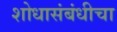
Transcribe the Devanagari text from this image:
शोधासंबंधीचा